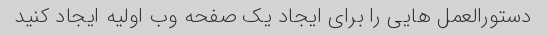
دستورالعمل هایی را برای ایجاد یک صفحه وب اولیه ایجاد کنید